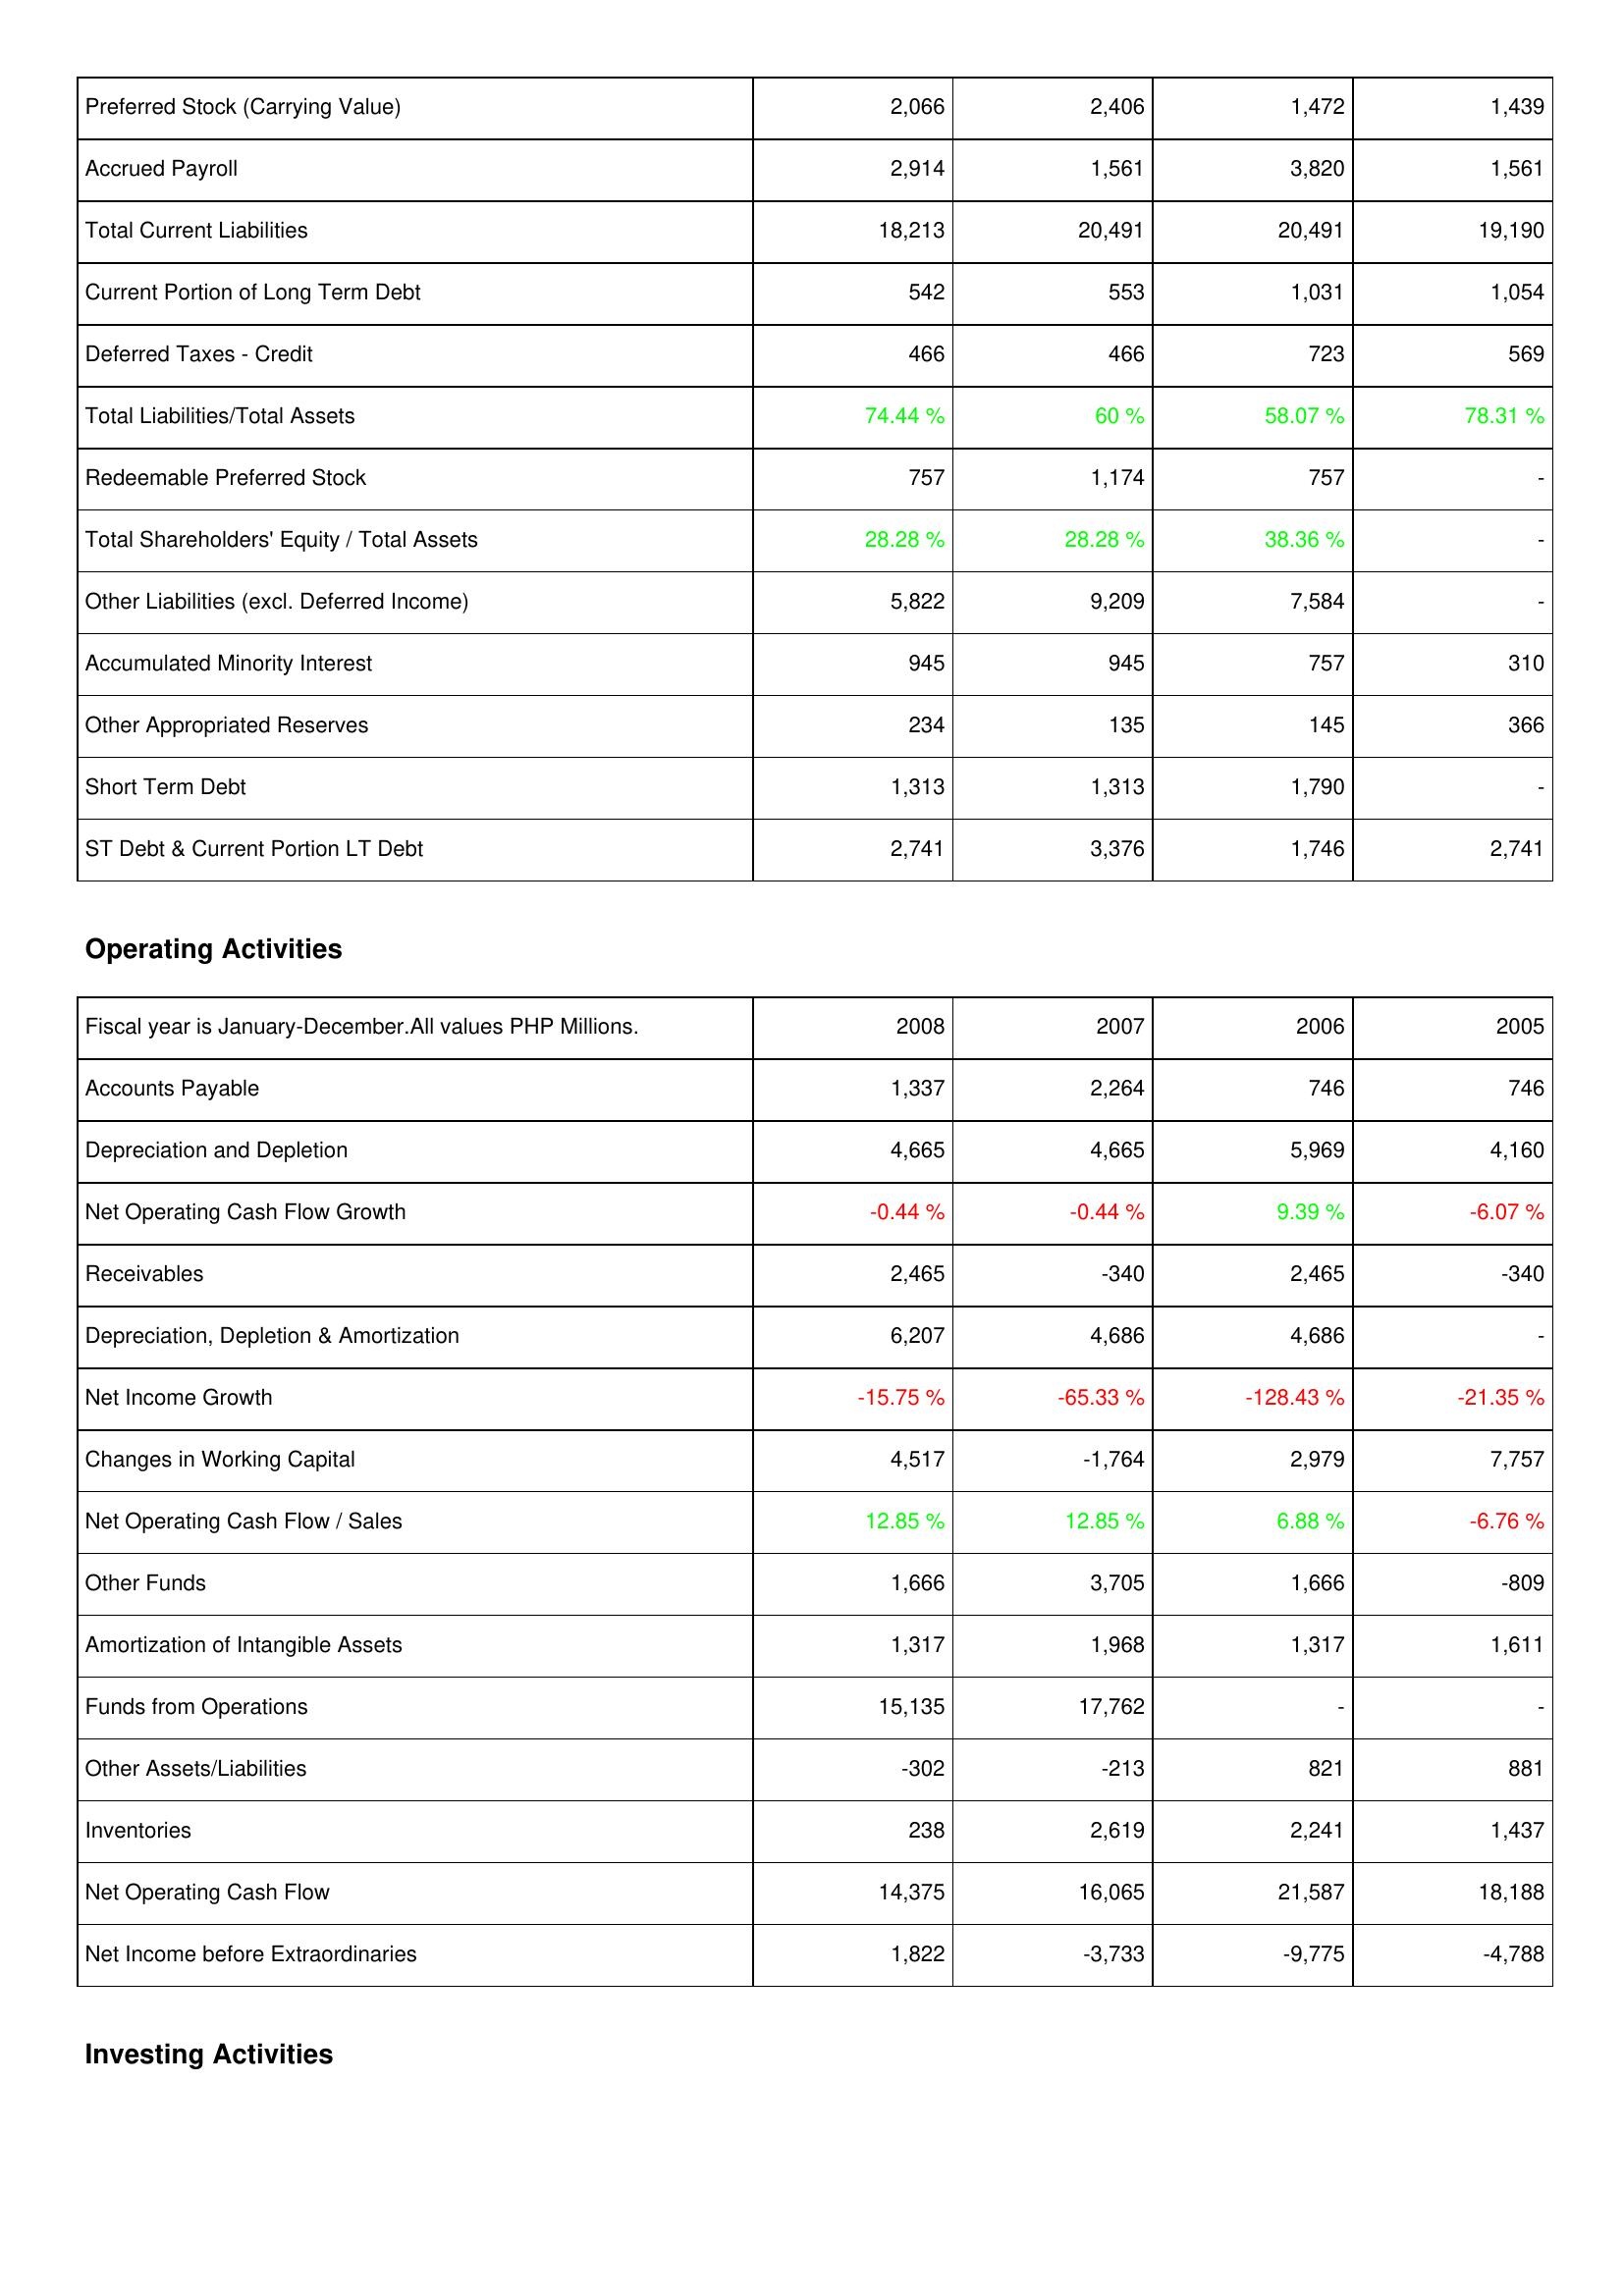
2008: Liabilities & Shareholders' Equity: Preferred Stock (Carrying Value): 2,066
Accrued Payroll: 2,914
Total Current Liabilities: 18,213
Current Portion of Long Term Debt: 542
Deferred Taxes - Credit: 466
Total Liabilities/Total Assets: 74.44 %
Redeemable Preferred Stock: 757
Total Shareholders' Equity / Total Assets: 28.28 %
Other Liabilities (excl. Deferred Income): 5,822
Accumulated Minority Interest: 945
Other Appropriated Reserves: 234
Short Term Debt: 1,313
ST Debt & Current Portion LT Debt: 2,741
Operating Activities: Accounts Payable: 1,337
Depreciation and Depletion: 4,665
Net Operating Cash Flow Growth: -0.44 %
Receivables: 2,465
Depreciation, Depletion & Amortization: 6,207
Net Income Growth: -15.75 %
Changes in Working Capital: 4,517
Net Operating Cash Flow / Sales: 12.85 %
Other Funds: 1,666
Amortization of Intangible Assets: 1,317
Funds from Operations: 15,135
Other Assets/Liabilities: -302
Inventories: 238
Net Operating Cash Flow: 14,375
Net Income before Extraordinaries: 1,822
2007: Liabilities & Shareholders' Equity: Preferred Stock (Carrying Value): 2,406
Accrued Payroll: 1,561
Total Current Liabilities: 20,491
Current Portion of Long Term Debt: 553
Deferred Taxes - Credit: 466
Total Liabilities/Total Assets: 60 %
Redeemable Preferred Stock: 1,174
Total Shareholders' Equity / Total Assets: 28.28 %
Other Liabilities (excl. Deferred Income): 9,209
Accumulated Minority Interest: 945
Other Appropriated Reserves: 135
Short Term Debt: 1,313
ST Debt & Current Portion LT Debt: 3,376
Operating Activities: Accounts Payable: 2,264
Depreciation and Depletion: 4,665
Net Operating Cash Flow Growth: -0.44 %
Receivables: -340
Depreciation, Depletion & Amortization: 4,686
Net Income Growth: -65.33 %
Changes in Working Capital: -1,764
Net Operating Cash Flow / Sales: 12.85 %
Other Funds: 3,705
Amortization of Intangible Assets: 1,968
Funds from Operations: 17,762
Other Assets/Liabilities: -213
Inventories: 2,619
Net Operating Cash Flow: 16,065
Net Income before Extraordinaries: -3,733
2006: Liabilities & Shareholders' Equity: Preferred Stock (Carrying Value): 1,472
Accrued Payroll: 3,820
Total Current Liabilities: 20,491
Current Portion of Long Term Debt: 1,031
Deferred Taxes - Credit: 723
Total Liabilities/Total Assets: 58.07 %
Redeemable Preferred Stock: 757
Total Shareholders' Equity / Total Assets: 38.36 %
Other Liabilities (excl. Deferred Income): 7,584
Accumulated Minority Interest: 757
Other Appropriated Reserves: 145
Short Term Debt: 1,790
ST Debt & Current Portion LT Debt: 1,746
Operating Activities: Accounts Payable: 746
Depreciation and Depletion: 5,969
Net Operating Cash Flow Growth: 9.39 %
Receivables: 2,465
Depreciation, Depletion & Amortization: 4,686
Net Income Growth: -128.43 %
Changes in Working Capital: 2,979
Net Operating Cash Flow / Sales: 6.88 %
Other Funds: 1,666
Amortization of Intangible Assets: 1,317
Funds from Operations: -
Other Assets/Liabilities: 821
Inventories: 2,241
Net Operating Cash Flow: 21,587
Net Income before Extraordinaries: -9,775
2005: Liabilities & Shareholders' Equity: Preferred Stock (Carrying Value): 1,439
Accrued Payroll: 1,561
Total Current Liabilities: 19,190
Current Portion of Long Term Debt: 1,054
Deferred Taxes - Credit: 569
Total Liabilities/Total Assets: 78.31 %
Redeemable Preferred Stock: -
Total Shareholders' Equity / Total Assets: -
Other Liabilities (excl. Deferred Income): -
Accumulated Minority Interest: 310
Other Appropriated Reserves: 366
Short Term Debt: -
ST Debt & Current Portion LT Debt: 2,741
Operating Activities: Accounts Payable: 746
Depreciation and Depletion: 4,160
Net Operating Cash Flow Growth: -6.07 %
Receivables: -340
Depreciation, Depletion & Amortization: -
Net Income Growth: -21.35 %
Changes in Working Capital: 7,757
Net Operating Cash Flow / Sales: -6.76 %
Other Funds: -809
Amortization of Intangible Assets: 1,611
Funds from Operations: -
Other Assets/Liabilities: 881
Inventories: 1,437
Net Operating Cash Flow: 18,188
Net Income before Extraordinaries: -4,788